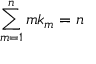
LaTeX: \sum _ { m = 1 } ^ { n } m k _ { m } = n